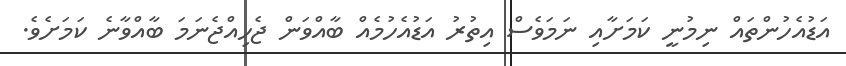
އަޑުއެހުންތައް ނިމުނީ ކަމަށާއި ނަމަވެސް އިތުރު އަޑުއެހުމެއް ބާއްވަން ޖެހިއްޖެނަމަ ބާއްވާނެ ކަމަށެވެ.